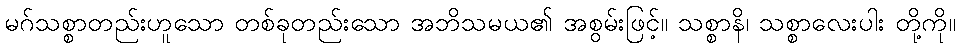
မဂ်သစ္စာတည်းဟူသော တစ်ခုတည်းသော အဘိသမယ၏ အစွမ်းဖြင့်။ သစ္စာနိ၊ သစ္စာလေးပါး တို့ကို။